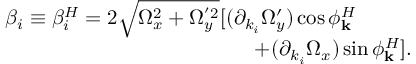
\begin{array} { r l } & { \beta _ { i } \equiv \beta _ { i } ^ { H } = 2 \sqrt { \Omega _ { x } ^ { 2 } + \Omega _ { y } ^ { ' 2 } } [ ( \partial _ { k _ { i } } \Omega _ { y } ^ { \prime } ) \cos \phi _ { \mathbf { k } } ^ { H } } \\ & { \qquad \qquad \qquad \qquad \qquad \qquad + ( \partial _ { k _ { i } } \Omega _ { x } ) \sin \phi _ { \mathbf { k } } ^ { H } ] . } \end{array}